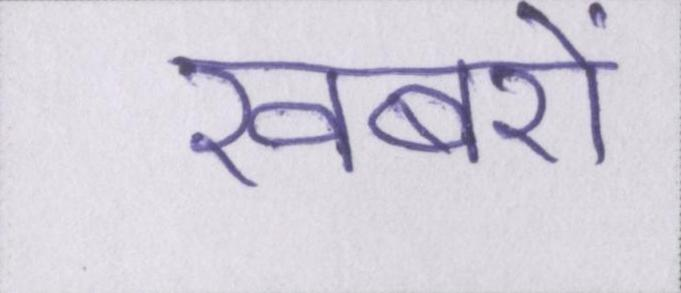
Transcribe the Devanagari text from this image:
खबरों